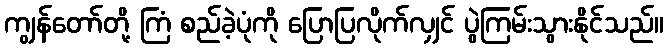
ကျွန်တော်တို့ ကြံ စည်ခဲ့ပုံကို ပြောပြလိုက်လျှင် ပွဲကြမ်းသွားနိုင်သည်။